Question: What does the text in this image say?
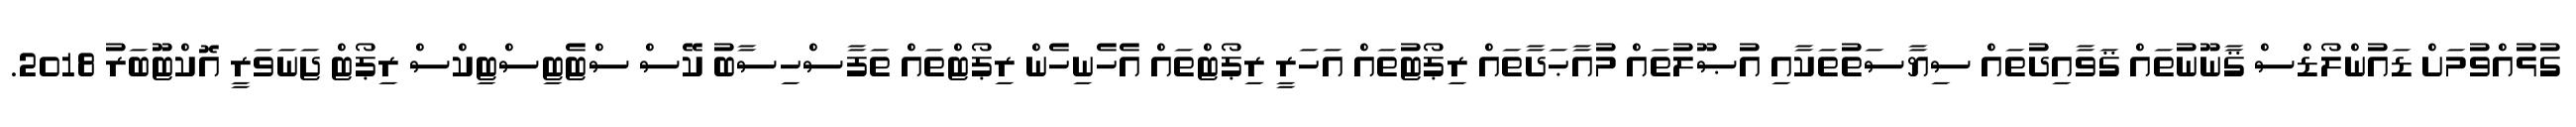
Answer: ގުޅުއްވުމަށް ޑައުންލޯޑްސް ޤާނޫނުތައް ޤަވާއިދުތައް ސިޔާސަތުތަކާއި އުޞޫލުތައް މުއާޙަދާތައް ރިޕޯޓުތައް އަހަރީ ރިޕޯޓްތައް އެހެނިހެން ރިޕޯޓްތައް ތަފާސްހިސާބު ކޭސް ސްޓެޓިސްޓިކްސް ރިޕޯޓް ޖަނަވަރީ އޮކްޓޫބަރު 2018.